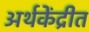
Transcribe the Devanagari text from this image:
अर्थकेंद्रीत